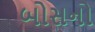
બોસનો